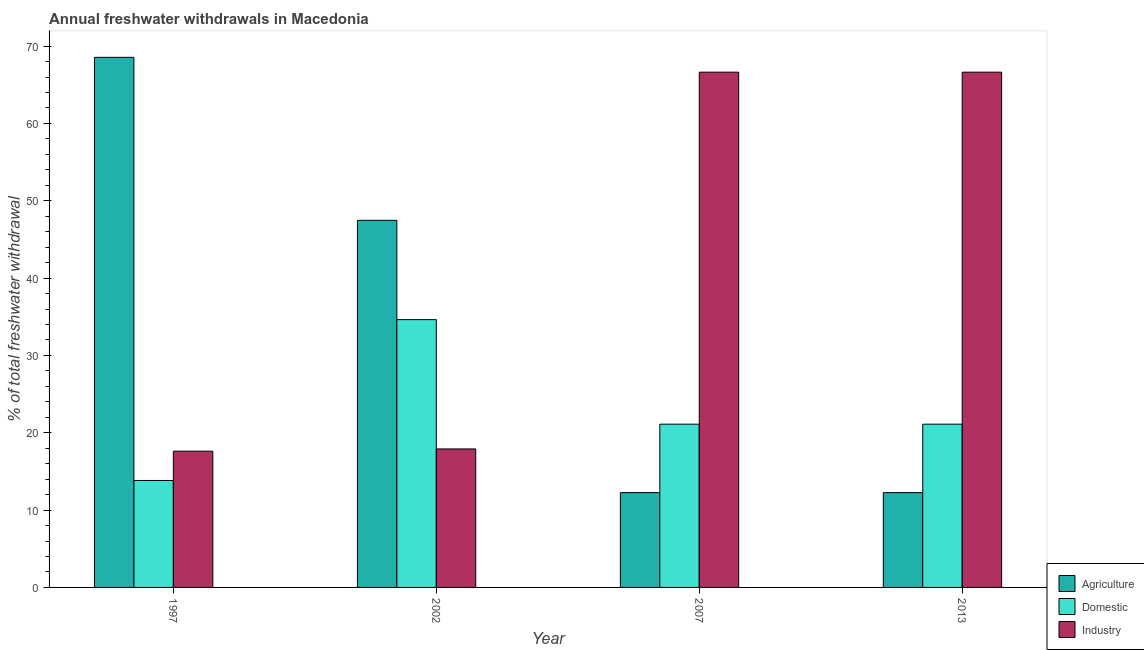
| Year | Agriculture | Domestic | Industry |
 | --- | --- | --- | --- |
 | 1997 | 68.5 | 13.8 | 17.6 |
 | 2002 | 47.5 | 34.6 | 17.9 |
 | 2007 | 12.3 | 21.1 | 66.6 |
 | 2013 | 12.3 | 21.1 | 66.6 |